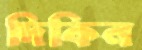
দিকিন